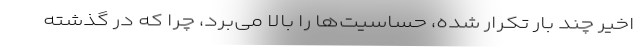
اخیر چند بار تکرار شده، حساسیت‌ها را بالا می‌برد، چرا که در گذشته